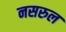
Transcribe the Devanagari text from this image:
नसरुल